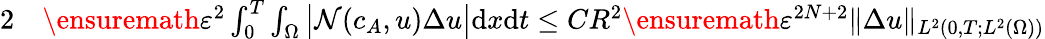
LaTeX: \begin{array}{rl}{{2}}&{{}\ensuremath{\varepsilon}^{2}\int_{0}^{T}\int_{\Omega}\big|\mathcal{N}(c_{A},u)\Delta u\big|\mathrm{d}x\mathrm{d}t\leq CR^{2}\ensuremath{\varepsilon}^{2N+2}\| \Delta u\| _{L^{2}(0,T;L^{2}(\Omega))}}\end{array}